Annual administration report of the Civil Veterinary Department of India - 1899-1900
Year: 1899
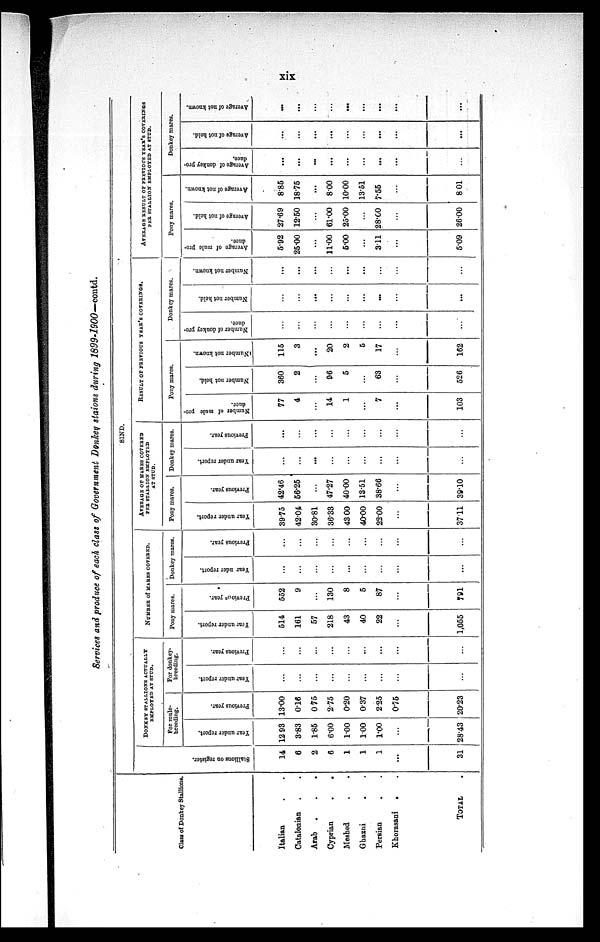
xix
Services and produce of each class of Government Donkey staions during 1899-1900—contd.
Class of Donkey Stallions.
Italian . .
Catalonian . .
Arab . . .
Cyprian
.
.
Meshed . .
Ghazni . .
Persian . .
Khorasani . .
TOTAL
SIND.
Stallions on register.
14
6
2
6
1
1
1
...
31
DONKEY STALLIONS ACTUALLY
EMPLOYED AT STUD.
For mule-
breeding.
Year under report.
12 93
3.83
1.85
6.00
1.00
100
1.00
...
28.43
Previous year.
13.00
0.16
0 75
2.75
0.20
037
225
0.75
20.23
For donkey-
breeding.
Year under report.
...
...
...
...
...
...
...
...
...
Previous year.
...
...
...
...
...
...
...
...
...
NUMBER of MARES COVERED.
Pony mares.
Year under report.
514
161
57
218
43
40
22
...
1,055
Previous year.
552
9
...
130
8
5
87
...
791
Donkey mares.
Year nder report.
...
...
...
...
...
...
...
...
...
Previous year.
...
...
...
...
...
...
...
...
...
AVERAGE OF MAKES COVERED
PER STALLION EMPLOYED
AT STUD.
Pony mares.
Year under report.
39.75
42.04
30.81
36.33
43 00
40.00
22.00
...
3711
Previous year.
42.46
56.25
...
47.27
40.00
13.51
38.66
...
39.10
Donkey mares.
Year under report.
...
...
...
...
...
...
...
...
...
Previous year.
...
...
...
...
...
...
...
...
...
RESULT OF PREVIOUS YEAR'S COVERINGS.
Pony mares.
Number of mule pro-
duce.
77
4
...
14
1
...
7
...
103
Number not held.
360
2
...
96
5
...
63
...
526
Number not known.
115
3
...
20
2
5
17
...
162
Donkey mares.
Number of donkey pro-
duce.
...
...
...
...
...
...
...
...
...
Number not held.
...
...
...
...
...
...
...
...
...
Number not known.
...
...
...
...
...
...
...
...
...
AVERAGE RESULT OF PREVIOUS YEAR'S COVERINGS
PEE STALLION EMPLOYED AT STUD.
Pony mares.
Average of mule pro-
duce.
5.92
25.00
...
11.00
5.00
...
311
...
5.09
Average of not held.
27.69
12.50
...
61.00
25.00
...
28.00
...
26.00
Average of not known.
8.85
18.75
...
8.00
10.00
13.51
7.55
...
801
Donkey mares.
Average of donkey pro-
duce.
...
...
...
...
...
...
...
...
...
Average
of not held.
...
...
...
...
...
...
...
...
...
Average of not known.
...
...
...
...
...
...
...
...
...